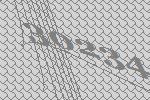
30234